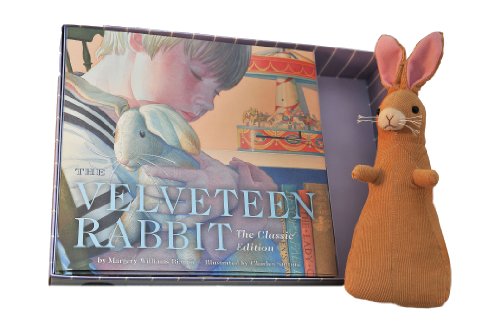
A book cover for The Velveteen Rabbit Gift Set: Or How Toys Become Real; Margery Williams; Children's Books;